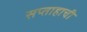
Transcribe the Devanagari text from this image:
सप्ताहाची